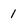
Character: 1